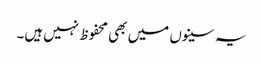
یہ سینوں میں بھی محفوظ نہیں‌ہیں۔